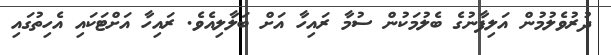
ދުރުވެލުމުން އަލިފާނުގެ ބެލުމަކުން ސުމާ ރައިހާ އަށް ބަލާލިއެވެ. ރައިހާ އަށްޓަކައި އެހިތުގައި